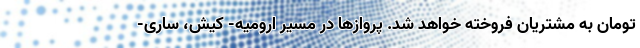
تومان به مشتریان فروخته خواهد شد. پروازها در مسیر ارومیه- کیش، ساری-